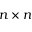
n \times n